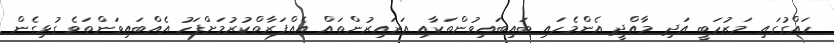
ހައްގުގައި މަޒުހަބީ އަދި މާއްދީ އެންމެހައި ބައިބައިވުންތަކާއި އަރައިރުންތައް އެއްފަރާތްކުރުމަށްފަހު އެއްބައިވަންތަވެ ގުޅިގެން